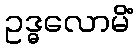
ဥဒ္ဓလောမိံ